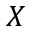
X